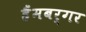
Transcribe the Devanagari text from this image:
हैंमबर्गर